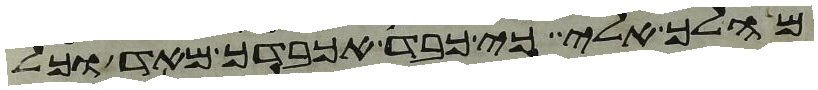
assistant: מהלך אלי כי כבד אכבדך מאד וכל